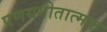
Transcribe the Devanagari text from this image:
प्रणयगीतात्मक